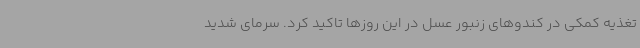
تغذیه کمکی در کندوهای زنبور عسل در این روزها تاکید کرد. سرمای شدید